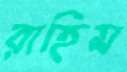
রাহিম